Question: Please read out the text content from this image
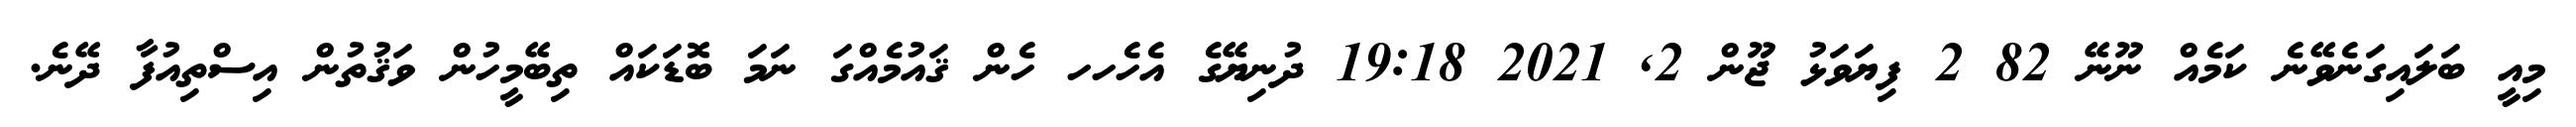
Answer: މިއީ ބަލައިގަނެވޭނެ ކަމެއް ނޫނޭ 82 2 ފިޔަވަޅު ޖޫން 2, 2021 19:18 ދުނިޔޭގެ އެހެހހ ހެން ޤައުމެއްގަ ނަމަ ބޮޑަކައް ތިބޭމީހުން ވަޤުތުން އިސްތިއުފާ ދޭނެ.